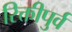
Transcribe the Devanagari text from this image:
रिक्तीपुर्व